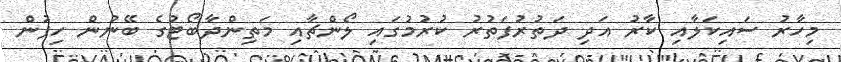
މިހާރު ސައިކަލާއި ކާރު އަދި ދަތުރުފަތުރު ކުރުމުގައި ލޯންޗާއި މަތިންދާބޯޓުގެ ބޭނުން ހިފުން